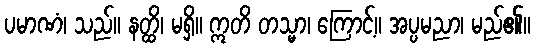
ပမာဏံ၊ သည်။ နတ္ထိ၊ မရှိ။ ဣတိ တသ္မာ၊ ကြောင့်။ အပ္ပမညာ၊ မည်၏။